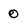
Character: 0